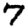
Digit: 7